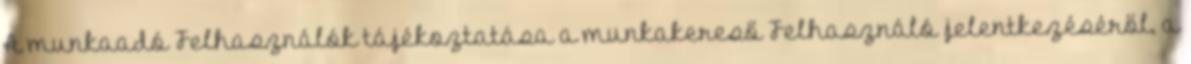
A munkaadó Felhasználók tájékoztatása a munkakereső Felhasználó jelentkezéséről, a